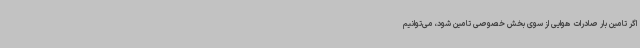
اگر تامین بار صادرات هوایی از سوی بخش خصوصی تامین شود، می‌توانیم